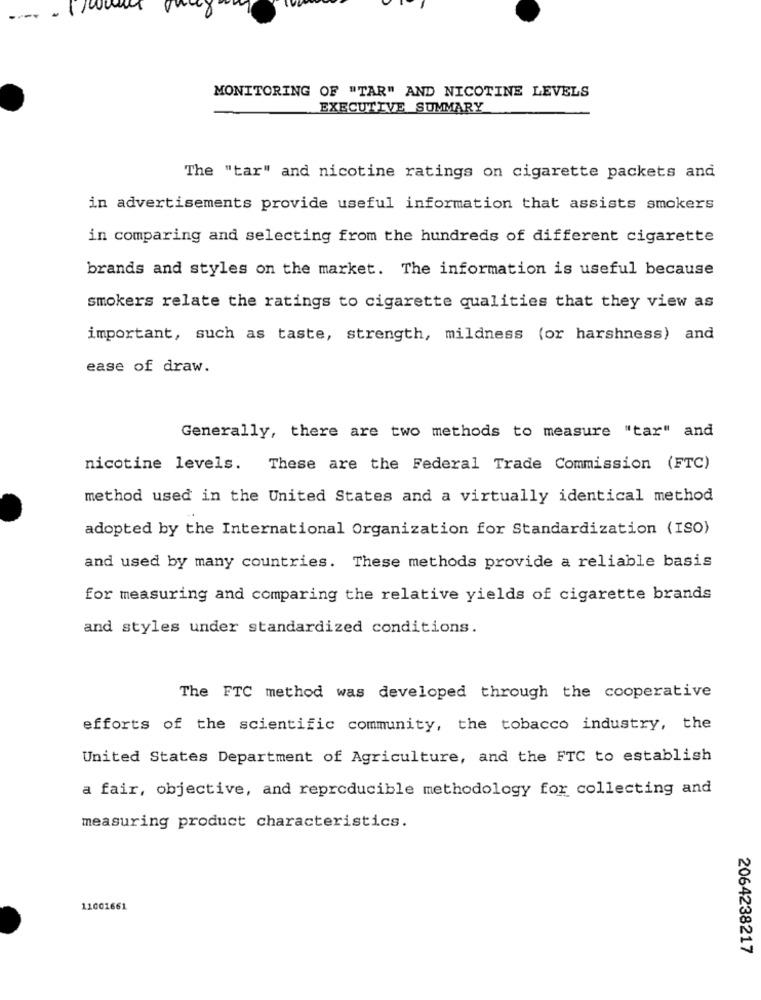
MONITORING OF "TAR" AND NICOTINE LEVELS
EXECUTIVE SUMMARY
The "tar" and nicotine ratings on cigarette packets and
in advertisements provide useful information that assists smokers
in comparing and selecting from the hundreds of different cigarette
brands and styles on the market. The information is useful because
smokers relate the ratings to cigarette qualities that they view as
important, such as taste, strength, mildness (or harshness) and
ease of draw.
Generally, there are two methods to measure "tar" and
nicotine levels.
These are the Federal Trade Commission (FTC)
method used in the United States and a virtually identical method
adopted by the International Organization for Standardization (ISO)
and used by many countries. These methods provide a reliable basis
for measuring and comparing the relative yields of cigarette brands
and styles under standardized conditions.
The FTC method was developed through the cooperative
efforts of the scientific community, the tobacco industry, the
United States Department of Agriculture, and the FTC to establish
a fair, objective, and reproducible methodology for collecting and
measuring product characteristics.
11001661
2064238217